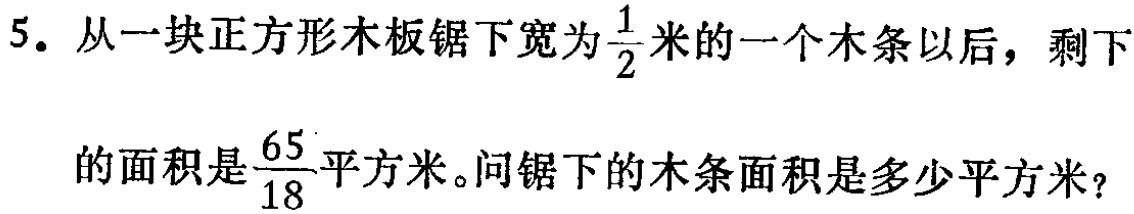
5. 从一块正方形木板锯下宽为$\frac{1}{2}$米的一个木条以后，剩下

的面积是$\frac{65}{18}$平方米。问锯下的木条面积是多少平方米？